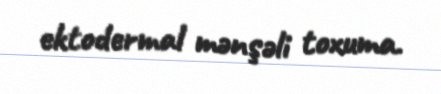
ektodermal mənşəli toxuma.